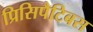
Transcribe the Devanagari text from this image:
प्रिसिपैटिबस